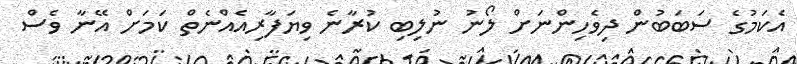
އެކަމުގެ ސަބަބުން ދިވެހިންނަށް ލޯނު ނުލިބި ކުރާނެ ވިޔަފާރިއެއްނެތް ކަމަށް އޭނާ ވެސް